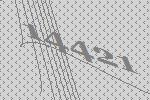
14421